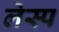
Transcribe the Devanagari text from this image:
लेस्प